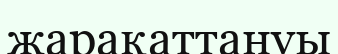
жарақаттануы